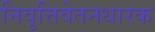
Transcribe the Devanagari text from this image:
निवृत्तिवेतनधारक